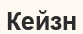
Кейзн